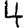
Digit: 4